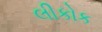
લીકોક